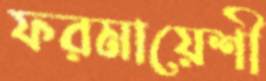
ফরমায়েশী